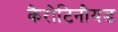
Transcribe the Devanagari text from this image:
कैरोटिनौयड